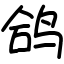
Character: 鸽